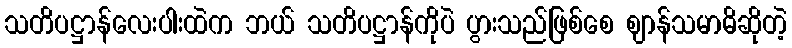
သတိပဋ္ဌာန်လေးပါးထဲက ဘယ် သတိပဋ္ဌာန်ကိုပဲ ပွားသည်ဖြစ်စေ ဈာန်သမာဓိဆိုတဲ့